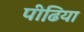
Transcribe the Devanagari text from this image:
पीढि़या